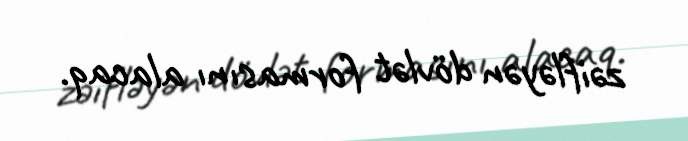
zəifləyən dövlət formasını alacaq.